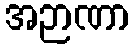
အဉာဏာ